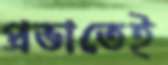
প্রভাতেই